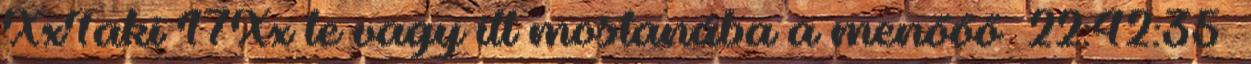
XxTaki 17Xx te vagy itt mostanába a menőőő 22:42:35